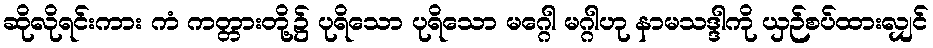
ဆိုလိုရင်းကား ကံ ကတ္တားတို့၌ ပုရိသော ပုရိသော မဂ္ဂေါ မဂ္ဂါဟု နာမသဒ္ဒါကို ယှဉ်စပ်ထားလျှင်